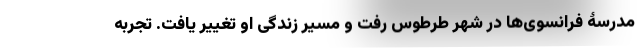
مدرسۀ فرانسوی‌ها در شهر طرطوس رفت و مسیر زندگی او تغییر یافت. تجربه